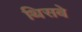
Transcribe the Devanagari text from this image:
थिसबे